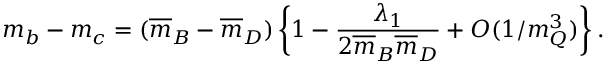
m _ { b } - m _ { c } = ( \overline { { { m } } } _ { B } - \overline { { { m } } } _ { D } ) \, \bigg \{ 1 - { \frac { \lambda _ { 1 } } { 2 \overline { { { m } } } _ { B } \overline { { { m } } } _ { D } } } + O ( 1 / m _ { Q } ^ { 3 } ) \bigg \} \, .